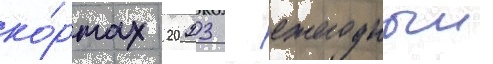
ко́ртах 2023 - ежегодныи